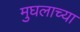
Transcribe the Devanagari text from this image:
मुघलाच्या